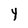
Character: Y